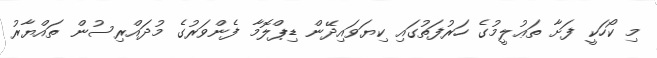
މި ކޯހަކީ ފަށާ ތަޢުލީމުގެ ހަރުފަތުގައި ކިޔަވައިދޭން ޑިޕްލޮމާ ފެންވަރުގެ މުދައްރިސުން ތައްޔާރު